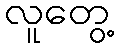
လူတွေ့